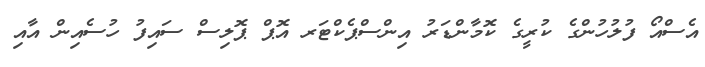
އެސްއޯ ފުލުހުންގެ ކުރީގެ ކޮމާންޑަރު އިންސްޕެކްޓަރ އޮޕް ޕޮލިސް ސައިފު ހުސެއިން އާއި